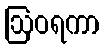
ဩဝရကာ